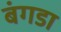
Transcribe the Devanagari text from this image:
बंगडा